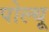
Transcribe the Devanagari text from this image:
पोल्थू